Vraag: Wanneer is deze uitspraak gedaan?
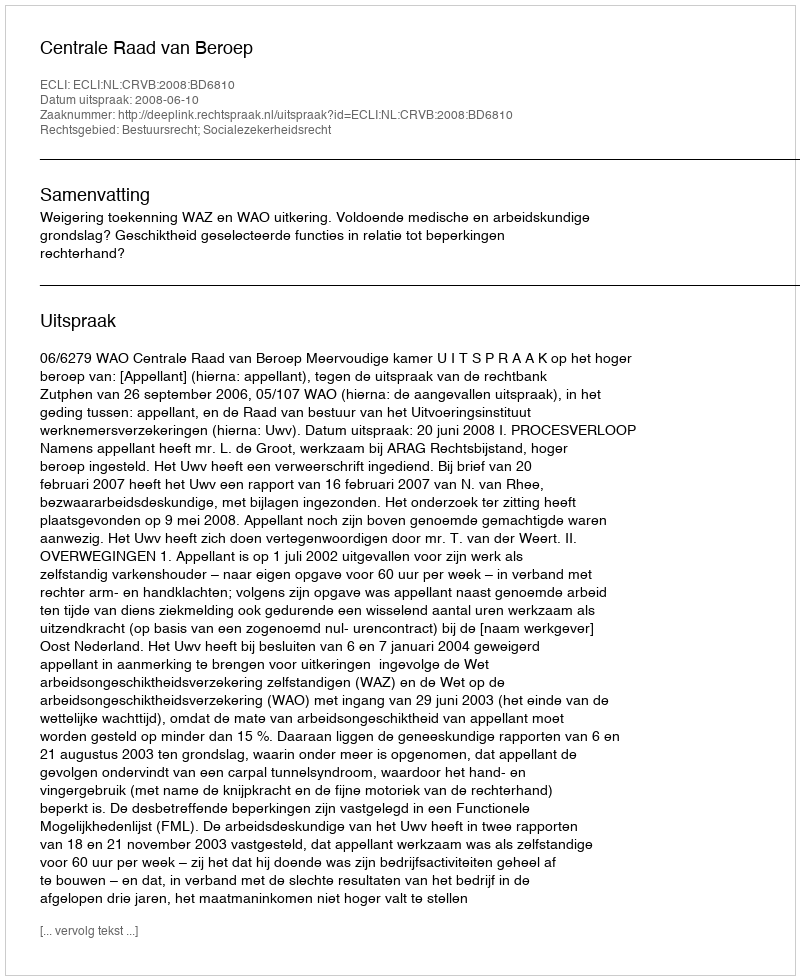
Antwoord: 2008-06-10